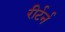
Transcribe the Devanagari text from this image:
रीर्टर्न